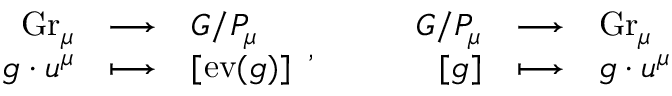
\begin{array} { l r c l } & { \mathrm { G r } _ { \mu } } & { \longrightarrow } & { G / P _ { \mu } } \\ & { g \cdot u ^ { \mu } } & { \longmapsto } & { [ \mathrm { e v } ( g ) ] } \end{array} , \ \ \ \ \begin{array} { l r c l } & { G / P _ { \mu } } & { \longrightarrow } & { \mathrm { G r } _ { \mu } } \\ & { [ g ] } & { \longmapsto } & { g \cdot u ^ { \mu } } \end{array}